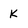
Character: k